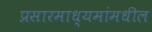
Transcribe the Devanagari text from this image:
प्रसारमाध्‍यमांमधील